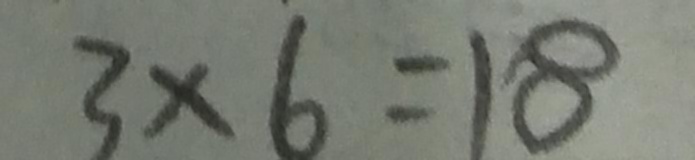
3 \times 6 = 1 8